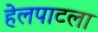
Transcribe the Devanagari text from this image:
हेलपाटला